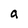
Character: a